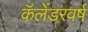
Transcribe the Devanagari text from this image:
कॅलेंडरवर्ष